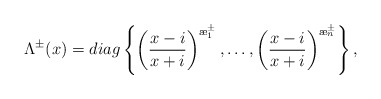
\begin{align*}\Lambda^{\pm}(x) = diag \left\{\left(\frac{x - i}{x + i}\right)^{{\ae}_1^{\pm}}, \ldots, \left(\frac{x - i}{x + i}\right)^{{\ae}_n^{\pm}}\right\},\end{align*}